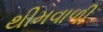
થીમવાળી